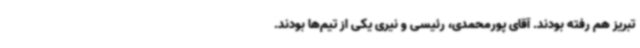
تبریز هم رفته بودند. آقای پورمحمدی، رئیسی و نیری یکی از تیم‌ها بودند.